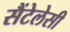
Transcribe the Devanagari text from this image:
सैंटेलेसी